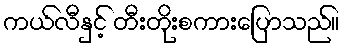
ကယ်လီနှင့် တီးတိုးစကားပြောသည်။